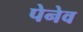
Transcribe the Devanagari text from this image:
पेनेव